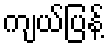
ကျယ်ပြန့်